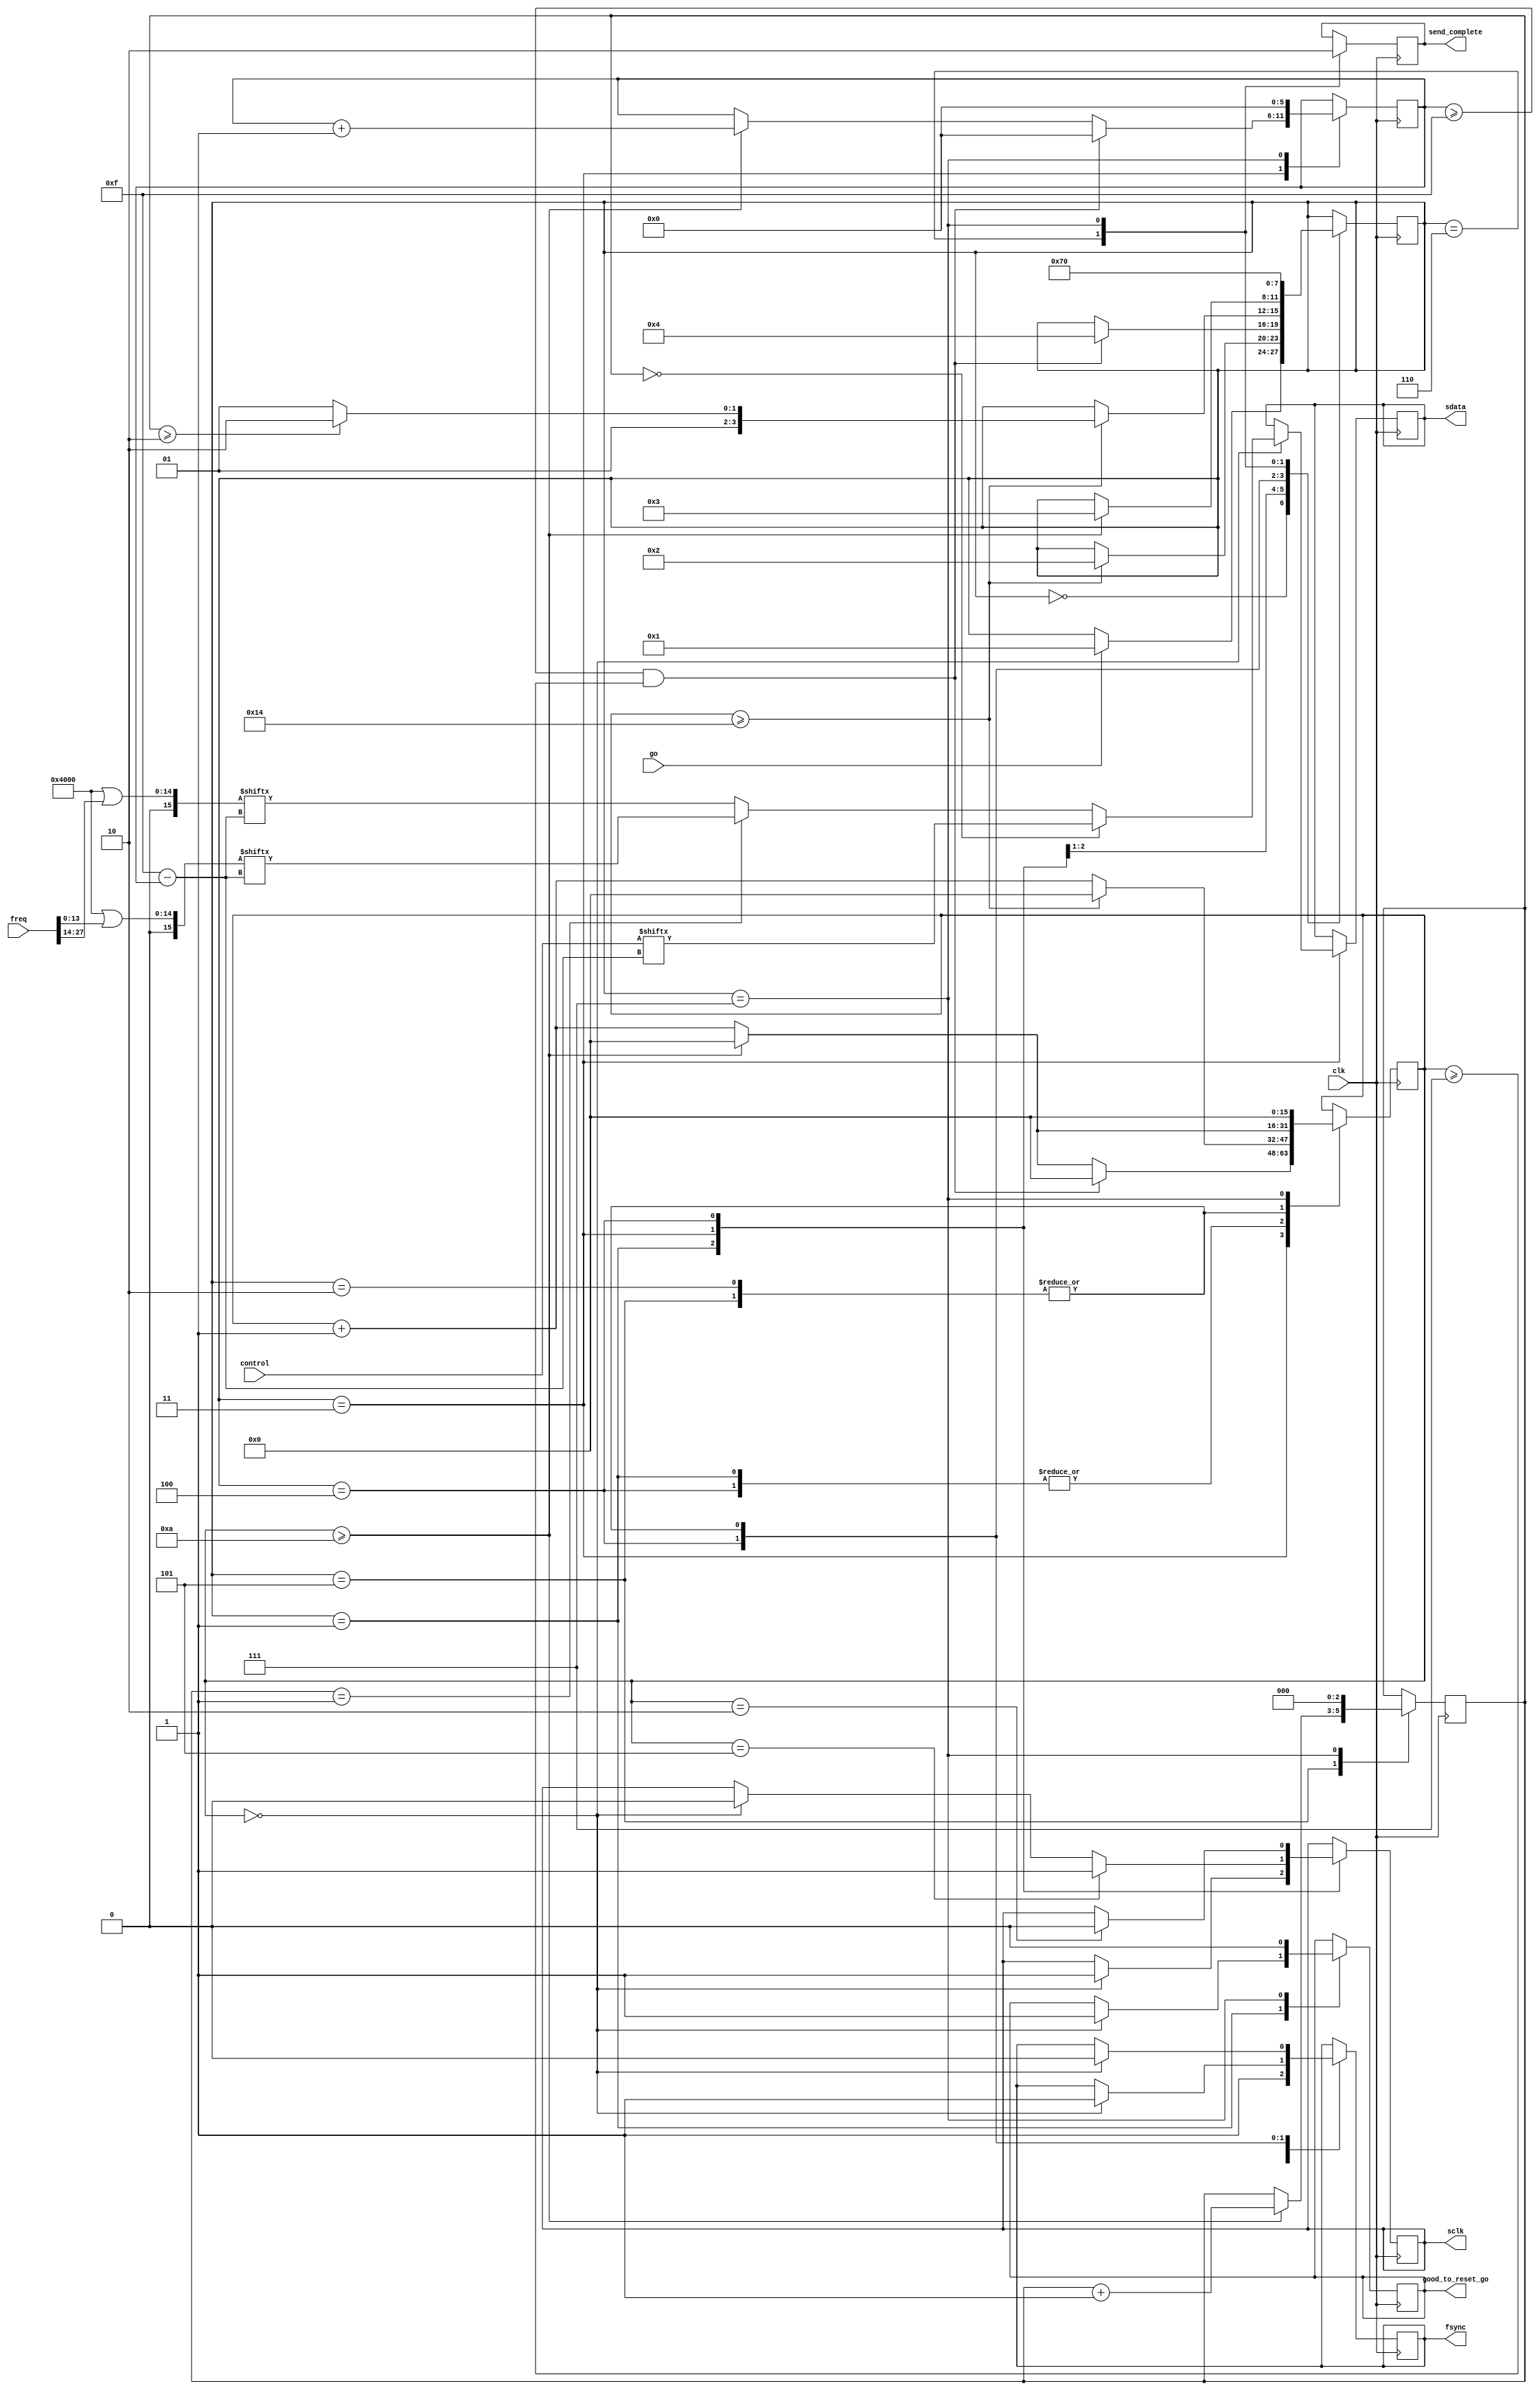
module ad9833
  #(parameter CLKS_PER_BIT = 10)
  (
  input clk,
  input go,
  input[15:0] control,
  input[27:0] freq,
  output reg good_to_reset_go = 0,
  output reg send_complete = 0,
  output reg fsync,
  output reg sclk = 0,
  output reg sdata = 0
  );

  //State machine nodes
  parameter IDLE 			= 4'b0000;
  parameter START_SCLK 			= 4'b0001;
  parameter START_FSYNC			= 4'b0010;
  parameter WORD_TRANSFER_1	 	= 4'b0011;
  parameter FSYNC_WAIT_HIGH_1		= 4'b0100;
  parameter FSYNC_WAIT_LOW_1		= 4'b0101;
  parameter SEND_COMPLETE		= 4'b0110;
  parameter CLEANUP	                = 4'b0111;

  wire[15:0] adreg0;
  wire[15:0] adreg1;
  
  //reg[15:0] adreg0 = 16'b0100000000001000;
  //reg[15:0] adreg1 = 16'b0100000000000000;
  
  assign adreg0 = 16'h4000 | freq[13:0];
  assign adreg1 = 16'h4000 | freq[27:14];

  reg[3:0] current_node = 0;

  reg[15:0] clk_ctr = 0;
  reg[5:0] bit_ctr = 0;
  reg[2:0] word_ctr = 0;
  
  always @(posedge clk)
  begin
    case(current_node)
  
    IDLE:
      begin
        fsync <= 1;
        if (go)
          current_node <= START_SCLK;
      end

    START_SCLK:
      begin
        if (clk_ctr == 0)
        begin
          sclk <= 1;
          good_to_reset_go <= 1;
        end
        if (clk_ctr >= CLKS_PER_BIT * 2)
        begin
          clk_ctr <= 0;
          current_node <= START_FSYNC;
        end
        else
          clk_ctr <= clk_ctr + 1;
      end

    START_FSYNC:
      begin
        if (clk_ctr == 0)
          fsync <= 0;
        if (clk_ctr >= CLKS_PER_BIT)
        begin
          clk_ctr <= 0;
          current_node <= WORD_TRANSFER_1;
        end
        else
          clk_ctr <= clk_ctr + 1;
      end

    WORD_TRANSFER_1:
      begin
        if (clk_ctr == 0)
        begin
          sclk <= 0;
          if (word_ctr == 0)
            sdata <= control[15-bit_ctr];
          else if (word_ctr == 1)
            sdata <= adreg0[15-bit_ctr];
          else
            sdata <= adreg1[15-bit_ctr];
        end
        if (clk_ctr == CLKS_PER_BIT / 2)
          sclk <= 1;
        if (bit_ctr >= 15 && clk_ctr >= ((CLKS_PER_BIT * 3) / 4))
        begin
          bit_ctr <= 0;
          clk_ctr <= 0;
          current_node <= FSYNC_WAIT_HIGH_1;
        end
        else if (clk_ctr >= CLKS_PER_BIT)
        begin
          clk_ctr <= 0;
          bit_ctr <= bit_ctr + 1;   
        end
        else
          clk_ctr <= clk_ctr + 1;     
      end

    FSYNC_WAIT_HIGH_1:
      begin
        if (clk_ctr == 0)
          fsync <= 1;
        if (clk_ctr == CLKS_PER_BIT / 4)
          sclk <= 0;
        if (clk_ctr >= CLKS_PER_BIT * 2)
        begin
          clk_ctr <= 0;
          if (word_ctr >= 2)
            current_node <= SEND_COMPLETE;
          else
            current_node <= FSYNC_WAIT_LOW_1;
        end
        else
          clk_ctr <= clk_ctr + 1;
      end

    FSYNC_WAIT_LOW_1:
      begin
        if (clk_ctr == 0)
          fsync <= 0;
        if (clk_ctr >= CLKS_PER_BIT)
        begin
          clk_ctr <= 0;
          word_ctr <= word_ctr + 1;
          current_node <= WORD_TRANSFER_1;
        end
        else
          clk_ctr <= clk_ctr + 1;
      end

    SEND_COMPLETE:
      begin
        send_complete <= 1;
        current_node <= CLEANUP;
      end

    CLEANUP:
      begin
        send_complete <= 0;
        good_to_reset_go <= 0;
        clk_ctr <= 0;
        bit_ctr <= 0;
        word_ctr <= 0;
        current_node <= IDLE;
      end

    endcase
  end

endmodule